Annual report of the Imperial Bacteriologist
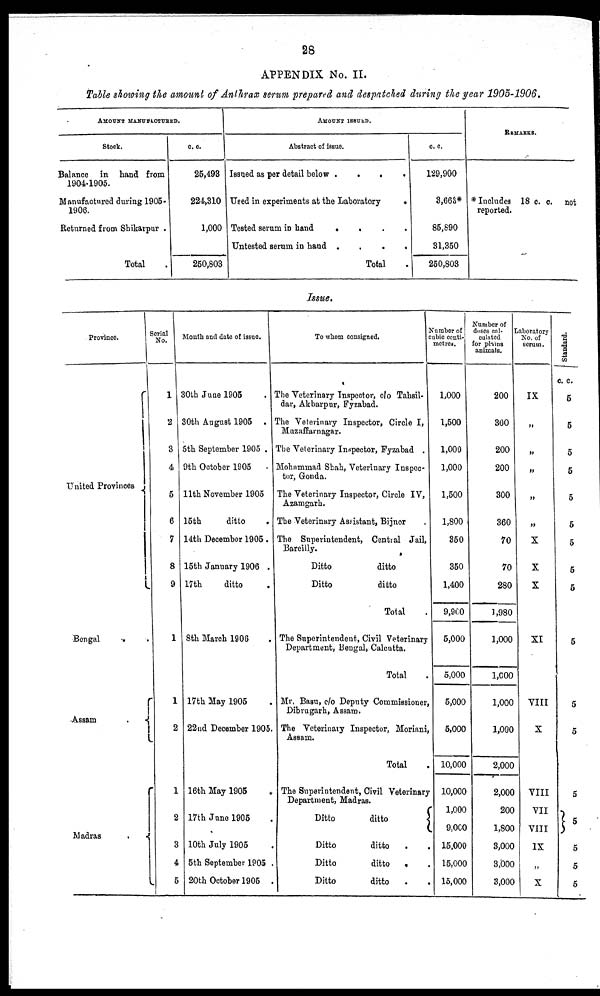
28
APPENDIX No. II.
Table showing the amount of Anthrax serum prepared and despatched during the year 1905-1906.
AMOUNT MANUFACTURED
Stock.
Balance in hand from
1904-1905.
Manufactured during 1905-
1906.
Returned from Shikarpur .
Total .
.
c. c.
25,493
224,310
1,000
250,803
AMOUNT ISSUED.
Abstract of issue.
Issued as per detail below .
.
.
.
Used in experiments at the Laboratory
.
Tested serum in hand
.
.
.
.
Untested serum in hand
.
.
.
.
Total
c. c.
129,900
3,663*
85,890
31,350
250,803
REMARKS.
*Includes 18 c. c. not
reported.
Issue.
Province.
United Provinces {
Bengal . .
Assam . {
Madras . {
Serial
No.
1
2
3
4
5
6
7
8
9
1
1
2
1
2
3
4
5
Month and date of issue.
30th June 1905 .
30th August 1905 .
5th September 1905 .
9th October 1905 .
11th November 1905
15th
ditto .
14th December 1905.
15th January 1906 .
17th
ditto .
8th March 1906 .
17th May 1905 .
22nd December 1905 .
16th May 1905 .
17th June 1905 .
10th July 1905 .
5th September 1905 .
20th October 1905 .
To whom consigned.
The Veterinary Inspector, c/o Tahsil-
dar, Akbarpur, Fyzabad.
The Veterinary Inspector, Circle I,
Muzaffarnagar.
The Veterinary Inspector, Fyzabad .
Mohammad Shah, Veterinary Inspec-
tor, Gonda.
The Veterinary Inspector, Circle IV,
Azamgarh.
The Veterinary Assistant, Bijnor .
The Superintendent, Central Jail,
Bareilly.
Ditto
ditto
Ditto
ditto
Total .
The Superintendent, Civil Veterinary
Department, Bengal, Calcutta.
Total .
Mr. Basu, c/o Deputy Commissioner,
Dibrugarh, Assam.
The Veterinary Inspector, Moriani,
Assam.
Total .
The Superintendent, Civil Veterinary
Department, Madras.
Ditto
ditto
{
Ditto
ditto . .
Ditto
ditto . .
Ditto
ditto . .
Number of
cubic centi-
metres.
1,000
1,500
1,000
1,000
1,500
1,800
350
350
1,400
9,900
5,000
5,000
5,000
5,000
10,000
10,000
1,000
9,000
15,000
15,000
15,000
Number of
doses cal-
culated
for plains
animals.
200
300
200
200
300
360
70
70
280
1,980
1,000
1,000
1,000
1,000
2,000
2,000
200
1,800
3,000
3,000
3,000
Laboratory
No. of
serum.
IX
„
„
„
„
„
X
X
X
XI
VIII
X
VIII
VII
VIII
IX
„
X
Standard.
c. c.
5
5
5
5
5
5
5
5
5
5
5
5
5
}5
5
5